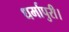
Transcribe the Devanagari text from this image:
धर्मापुरी।